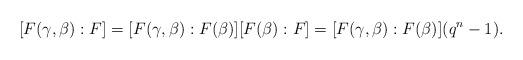
LaTeX: \begin{align*} [F(\gamma,\beta):F]=[F(\gamma,\beta):F(\beta)][F(\beta):F]=[F(\gamma,\beta):F(\beta)](q^n-1).\ \end{align*}